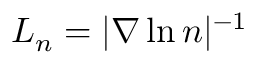
L _ { n } = | \nabla \ln n | ^ { - 1 }